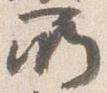
所